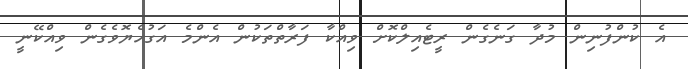
އެ ކުންފުނިން މުދާ ގަނެގެން ރީޓެއިލްކޮށް ވިއްކާ ފަރާތްތަކުން އެންމެ އަގުހެޔޮވެގެން ވިއްކޭނީ